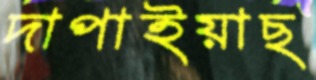
দাপাইয়াছ